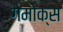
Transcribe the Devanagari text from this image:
गेमोक्स